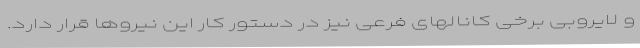
و لایروبی برخی کانالهای فرعی نیز در دستور کار این نیروها قرار دارد.